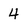
Character: 4